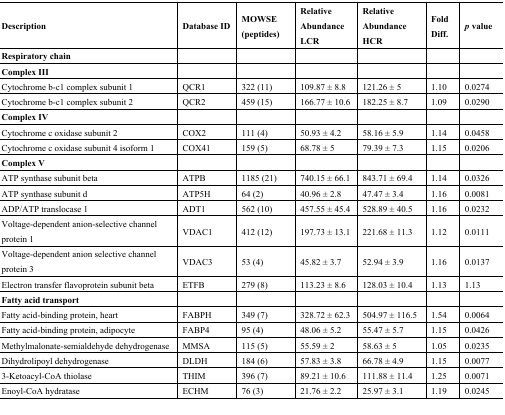
<table><thead><tr><td><b>Description</b></td><td><b>Database ID</b></td><td><b>MOWSE (peptides)</b></td><td><b>Relative AbundanceLCR</b></td><td><b>Relative Abundance HCR</b></td><td><b>Fold Diff.</b></td><td><b><i>p</i> value</b></td></tr></thead><tbody><tr><td><b>Respiratory chain</b></td><td></td><td></td><td></td><td></td><td></td><td></td></tr><tr><td><b>Complex III</b></td><td></td><td></td><td></td><td></td><td></td><td></td></tr><tr><td>Cytochrome b-c1 complex subunit 1</td><td>QCR1</td><td>322 (11)</td><td>109.87 ± 8.8</td><td>121.26 ± 5</td><td>1.10</td><td>0.0274</td></tr><tr><td>Cytochrome b-c1 complex subunit 2</td><td>QCR2</td><td>459 (15)</td><td>166.77 ± 10.6</td><td>182.25 ± 8.7</td><td>1.09</td><td>0.0290</td></tr><tr><td><b>Complex IV</b></td><td></td><td></td><td></td><td></td><td></td><td></td></tr><tr><td>Cytochrome c oxidase subunit 2</td><td>COX2</td><td>111 (4)</td><td>50.93 ± 4.2</td><td>58.16 ± 5.9</td><td>1.14</td><td>0.0458</td></tr><tr><td>Cytochrome c oxidase subunit 4 isoform 1</td><td>COX41</td><td>159 (5)</td><td>68.78 ± 5</td><td>79.39 ± 7.3</td><td>1.15</td><td>0.0206</td></tr><tr><td><b>Complex V</b></td><td></td><td></td><td></td><td></td><td></td><td></td></tr><tr><td>ATP synthase subunit beta</td><td>ATPB</td><td>1185 (21)</td><td>740.15 ± 66.1</td><td>843.71 ± 69.4</td><td>1.14</td><td>0.0326</td></tr><tr><td>ATP synthase subunit d</td><td>ATP5H</td><td>64 (2)</td><td>40.96 ± 2.8</td><td>47.47 ± 3.4</td><td>1.16</td><td>0.0081</td></tr><tr><td>ADP/ATP translocase 1</td><td>ADT1</td><td>562 (10)</td><td>457.55 ± 45.4</td><td>528.89 ± 40.5</td><td>1.16</td><td>0.0232</td></tr><tr><td>Voltage-dependent anion-selective channel protein 1</td><td>VDAC1</td><td>412 (12)</td><td>197.73 ± 13.1</td><td>221.68 ± 11.3</td><td>1.12</td><td>0.0111</td></tr><tr><td>Voltage-dependent anion selective channel protein 3</td><td>VDAC3</td><td>53 (4)</td><td>45.82 ± 3.7</td><td>52.94 ± 3.9</td><td>1.16</td><td>0.0137</td></tr><tr><td>Electron transfer flavoprotein subunit beta</td><td>ETFB</td><td>279 (8)</td><td>113.23 ± 8.6</td><td>128.03 ± 10.4</td><td>1.13</td><td>1.13</td></tr><tr><td><b>Fatty acid transport</b></td><td></td><td></td><td></td><td></td><td></td><td></td></tr><tr><td>Fatty acid-binding protein, heart</td><td>FABPH</td><td>349 (7)</td><td>328.72 ± 62.3</td><td>504.97 ± 116.5</td><td>1.54</td><td>0.0064</td></tr><tr><td>Fatty acid-binding protein, adipocyte</td><td>FABP4</td><td>95 (4)</td><td>48.06 ± 5.2</td><td>55.47 ± 5.7</td><td>1.15</td><td>0.0426</td></tr><tr><td>Methylmalonate-semialdehyde dehydrogenase</td><td>MMSA</td><td>115 (5)</td><td>55.59 ± 2</td><td>58.63 ± 5</td><td>1.05</td><td>0.0235</td></tr><tr><td>Dihydrolipoyl dehydrogenase</td><td>DLDH</td><td>184 (6)</td><td>57.83 ± 3.8</td><td>66.78 ± 4.9</td><td>1.15</td><td>0.0077</td></tr><tr><td>3-Ketoacyl-CoA thiolase</td><td>THIM</td><td>396 (7)</td><td>89.21 ± 10.6</td><td>111.88 ± 11.4</td><td>1.25</td><td>0.0071</td></tr><tr><td>Enoyl-CoA hydratase</td><td>ECHM</td><td>76 (3)</td><td>21.76 ± 2.2</td><td>25.97 ± 3.1</td><td>1.19</td><td>0.0245</td></tr></tbody></table>